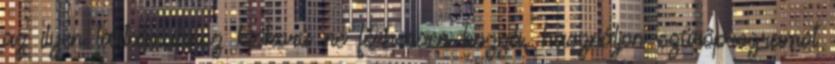
az ilyen tartalmakhoz kiskorú ne férhessen hozzá, használjon szűrőprogramot